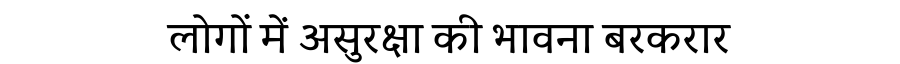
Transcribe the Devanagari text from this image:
लोगों में असुरक्षा की भावना बरकरार